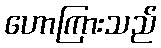
ဟောကြားသည်